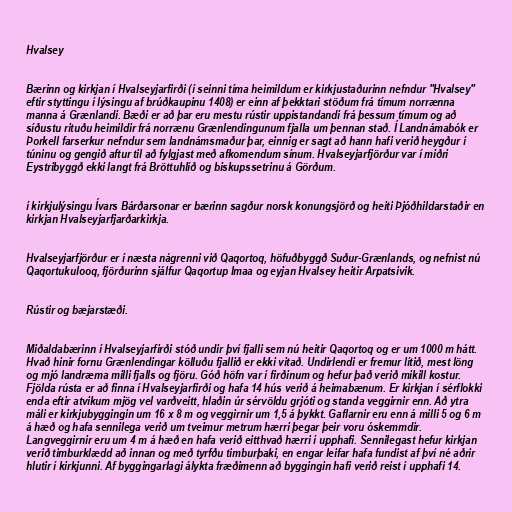
Hvalsey

Bærinn og kirkjan í Hvalseyjarfirði (í seinni tíma heimildum er kirkjustaðurinn nefndur "Hvalsey"
eftir styttingu í lýsingu af brúðkaupinu 1408) er einn af þekktari stöðum frá tímum norrænna
manna á Grænlandi. Bæði er að þar eru mestu rústir uppistandandi frá þessum tímum og að
síðustu rituðu heimildir frá norrænu Grænlendingunum fjalla um þennan stað. Í Landnámabók er
Þorkell farserkur nefndur sem landnámsmaður þar, einnig er sagt að hann hafi verið heygður í
túninu og gengið aftur til að fylgjast með afkomendum sínum. Hvalseyjarfjörður var í miðri
Eystribyggð ekki langt frá Bröttuhlíð og biskupssetrinu á Görðum.

í kirkjulýsingu Ívars Bárðarsonar er bærinn sagður norsk konungsjörð og heiti Þjóðhildarstaðir en
kirkjan Hvalseyjarfjarðarkirkja.

Hvalseyjarfjörður er í næsta nágrenni við Qaqortoq, höfuðbyggð Suður-Grænlands, og nefnist nú
Qaqortukulooq, fjörðurinn sjálfur Qaqortup Imaa og eyjan Hvalsey heitir Arpatsivik.

Rústir og bæjarstæði.

Miðaldabærinn í Hvalseyjarfirði stóð undir því fjalli sem nú heitir Qaqortoq og er um 1000 m hátt.
Hvað hinir fornu Grænlendingar kölluðu fjallið er ekki vitað. Undirlendi er fremur lítið, mest löng
og mjó landræma milli fjalls og fjöru. Góð höfn var í firðinum og hefur það verið mikill kostur.
Fjölda rústa er að finna í Hvalseyjarfirði og hafa 14 hús verið á heimabænum. Er kirkjan í sérflokki
enda eftir atvikum mjög vel varðveitt, hlaðin úr sérvöldu grjóti og standa veggirnir enn. Að ytra
máli er kirkjubyggingin um 16 x 8 m og veggirnir um 1,5 á þykkt. Gaflarnir eru enn á milli 5 og 6 m
á hæð og hafa sennilega verið um tveimur metrum hærri þegar þeir voru óskemmdir.
Langveggirnir eru um 4 m á hæð en hafa verið eitthvað hærri í upphafi. Sennilegast hefur kirkjan
verið timburklædd að innan og með tyrfðu timburþaki, en engar leifar hafa fundist af því né aðrir
hlutir í kirkjunni. Af byggingarlagi álykta fræðimenn að byggingin hafi verið reist í upphafi 14.